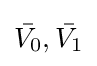
{\bar {V_{0}}},{\bar {V_{1}}}